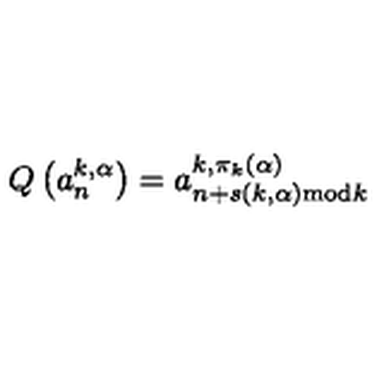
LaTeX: Q \left( a _ { n } ^ { k , \alpha } \right) = a _ { n + s ( k , \alpha ) { \mathrm { m o d } } k } ^ { k , \pi _ { k } ( \alpha ) }